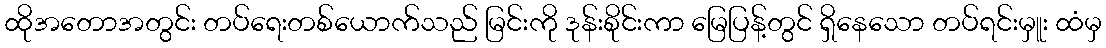
ထိုအတောအတွင်း တပ်ရေးတစ်ယောက်သည် မြင်းကို ဒုန်းစိုင်းကာ မြေပြန့်တွင် ရှိနေသော တပ်ရင်းမှူး ထံမှ